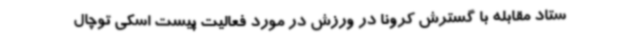
ستاد مقابله با گسترش کرونا در ورزش در مورد فعالیت پیست اسکی توچال